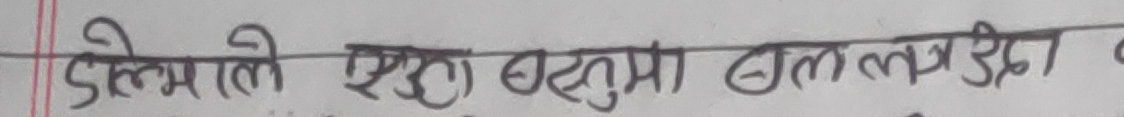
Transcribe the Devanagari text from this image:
डोल्मलो एउटा बस्तुमा ढालले उडा।